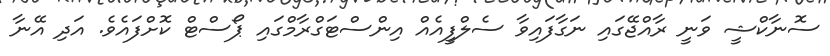
ސޮނާކްޝީ ވަނީ ރާއްޖޭގައި ނަގާފައިވާ ސެލްފީއެއް އިންސްޓަގްރާމްގައި ޕޯސްޓް ކޮށްފައެވެ. އަދި އޭނާ